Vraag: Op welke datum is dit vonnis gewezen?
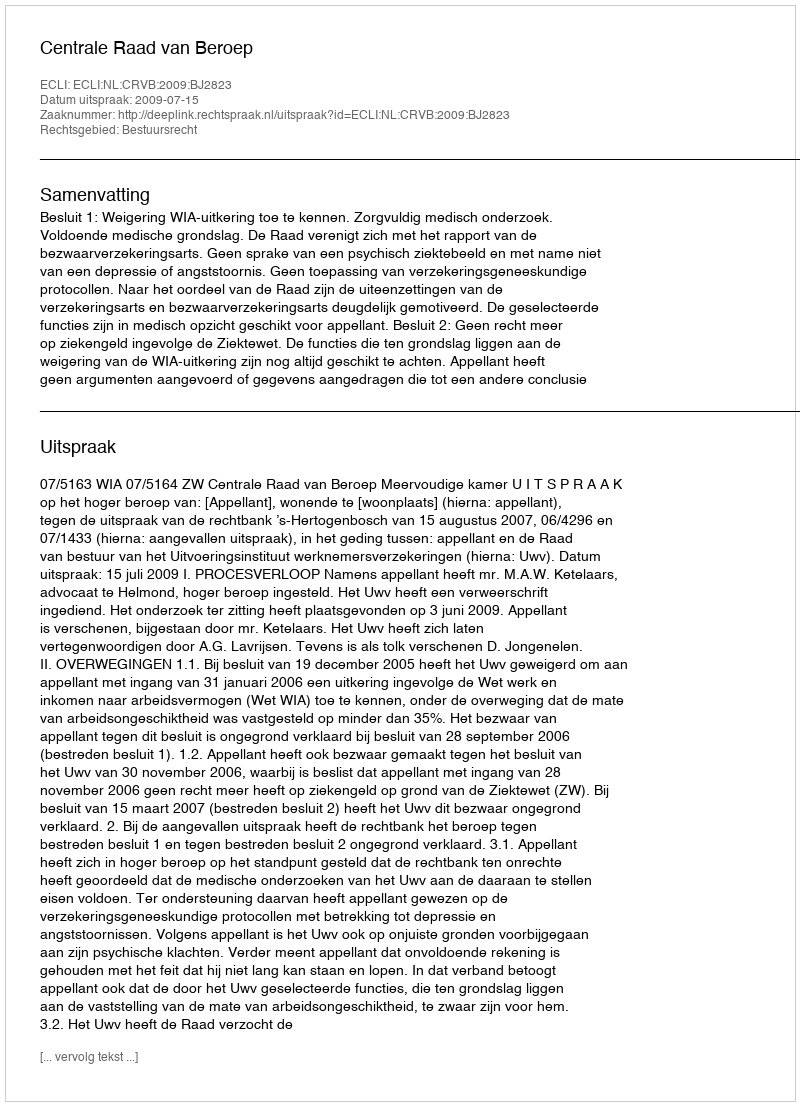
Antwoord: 2009-07-15